Vaccination in Bombay 1924-1928 - 1924-1928
Year: 1924
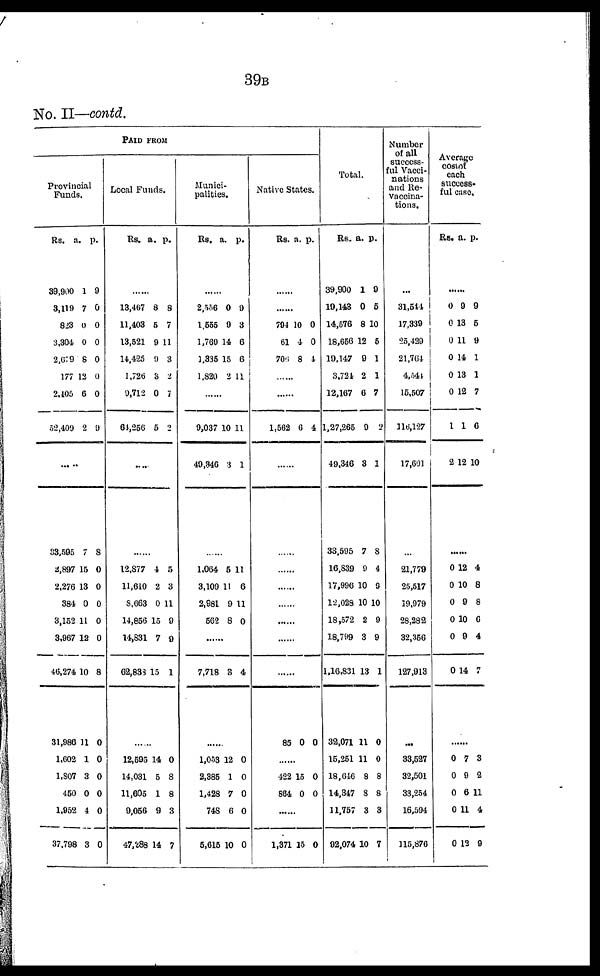
39B
No. II—contd.
PAID FROM
Provincial
Funds.
Rs.
39,900
3,119
823
3,304
2,679
177
2,405
52,409
a.
1
7
0
0
8
12
6
2
p.
9
0
0
0
0
0
0
9
......
33,595
2,897
2,276
384
3,152
3,967
46,274
31,986
1,602
1,807
450
1,952
37,798
7
15
13
0
11
12
10
11
1
3
0
4
3
8
0
0
0
0
0
8
0
0
0
0
0
0
Local Funds.
Rs. a. p.
......
13,467
11,403
13,521
14,425
1,726
9,712
64,256
8
5
9
9
3
0
5
8
7
11
3
2
7
2
......
......
12,877
11,610
8,663
14,856
14,831
62,838
4
2
0
15
7
15
5
3
11
9
9
1
......
12,595
14,031
11,605
9,056
47,288
14
5
1
9
14
0
8
8
3
7
Munici-
palities.
Rs. a. p.
......
2,556
1,555
1,769
1,335
1,820
0
9
14
15
2
9
3
6
6
11
......
9,037
49,946
10
3
11
1
......
1,064
3,109
2,981
562
5
11
9
8
11
6
11
0
......
7,718 3 4
......
1,053
2,385
1,428
748
5,615
12
1
7
6
10
0
0
0
0
0
Native States.
Rs. a. p.
......
......
794
61
706
10
4
8
0
0
4
......
......
1,562 6 4
......
......
......
......
......
......
......
......
85 0 0
......
422
864
15
0
0
0
......
1,371 15 0
Total.
Rs.
39,900
19,143
14,576
18,656
19,147
3,724
12,167
1,27,265
49,346
33,595
16,839
17,996
12,028
18,572
18,799
1,16,831
32,071
15,251
18,646
14,347
11,757
92,074
a.
1
0
8
12
9
2
6
9
3
7
9
10
10
2
3
13
11
11
8
8
3
10
p.
9
5
10
5
1
1
7
2
1
8
4
9
10
9
9
1
0
0
8
8
3
7
Number
of all
success-
ful Vacci-
nations
and Re¬
vaccina¬
tions.
...
31,544
17,339
25,429
21,764
4,544
15,507
116,127
17,601
...
21,779
25,517
19,979
28,282
32,356
127,913
...
33,527
32,501
33,254
16,594
115,876
Average
cost of
each
success-
ful case.
Rs. a. p.
......
0
0
0
0
0
0
1
2
9
13
11
14
13
12
1
12
9
5
9
1
1
7
6
10
......
0
0
0
0
0
0
12
10
9
10
9
14
4
8
8
6
4
7
......
0
0
0
0
0
7
9
6
11
12
3
2
11
4
9